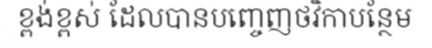
ខ្ពង់ខ្ពស់ ដែលបានបញ្ចេញថវិកាបន្ថែម